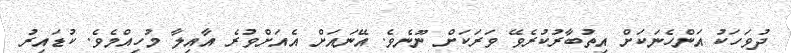
ދުވަހަކު އަންހެނަކަށް އިތުބާރުކުރެވޭ ވަރަކަށް ނޫނެވެ. އޭނައަށް އެއަށްވުރެ އާއިލާ މުހިއްމެވެ. ކުޑައިރު